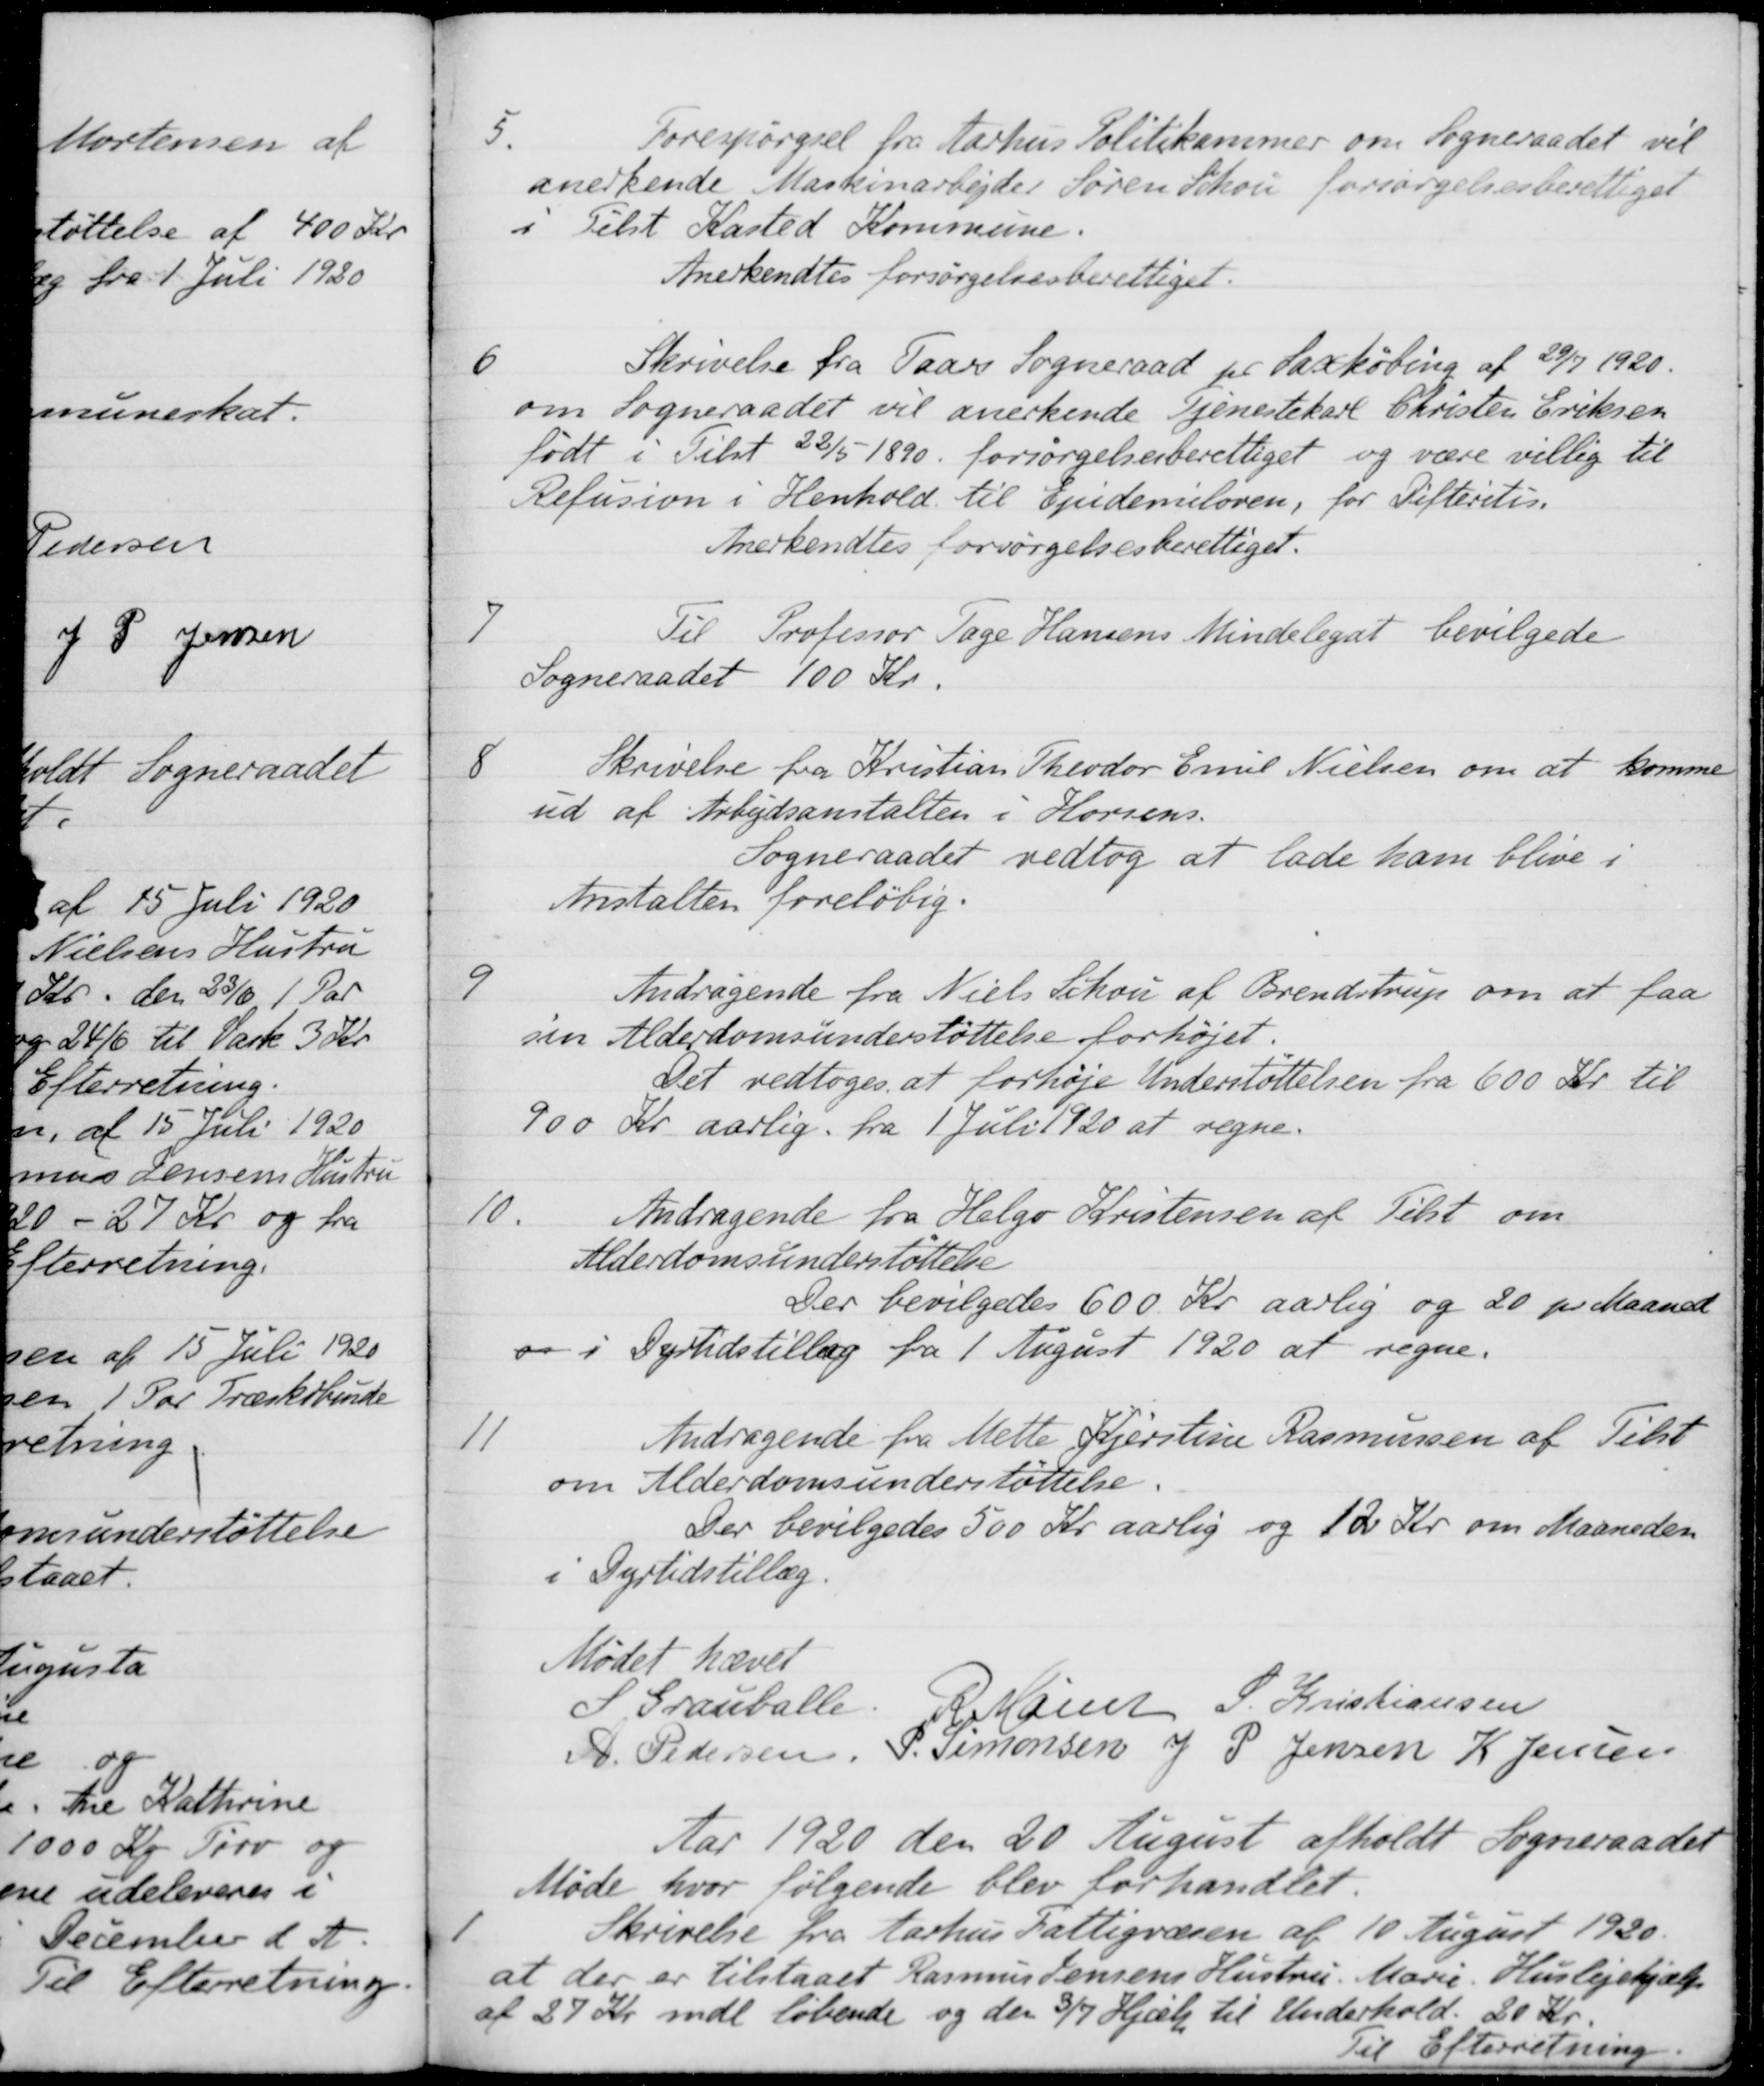
Transskription:
5.
Forespørgsel fra Aarhus Politikammer om Sogneraadet vil
anerkende Maskinarbejder Søren Schou forsørgelsesberettiget
i Tilst Kasted Kommune.
Anerkendtes forsørgelsesberettiget.
6
Skrivelse fra Taars Sogneraad pr. Saxkøbing af 29/7 1920.
om Sogneraadet vil anerkende Tjenestekarl Christen Eriksen
født i Tilst 22/5 1890 forsørgelsesberettiget og være villig til
Refusion i Henhold til Epidemiloven, for Difteritis.
Anerkendtes forsørgelsesberettiget.
7
Til Professor Tage Hansens Mindelegat bevilgede
Sogneraadet 100 Kr.
8
Skrivelse fra Kristian Theodor Emil Nielsen om at komme
ud af Arbejdsanstalten i Horsens.
Sogneraadet vedtog at lade ham blive i
Anstalten foreløbig.
9
Andragende fra Niels Schou af Brendstrup om at faa
sin Alderdomsunderstøttelse forhøjet.
Det vedtoges at forhøje Understøttelsen fra 600 Kr. til
900 Kr aarlig fra 1 Juli 1920 at regne.
10.
Andragende fra Helgo Kristensen af Tilst om
Alderdomsunderstøttelse
Der bevilgedes 600 Kr. aarlig og 20 pr Maaned
og i Dyrtidstillæg fra 1 August 1920 at regne.
11
Andragende fra Mette Kjerstine Rasmussen af Tilst
om Alderdomsunderstøttelse.
Der bevilgedes 500 Kr. aarlig og 12Kr. om Maaneden
i Dyrtidstillæg.
Mødet hævet
S Grauballe.
R Marier
S. Kristiansen
A. Pedersen
P. Simonsen
J P Jensen
K. Jensen
Aar 1920 den 20 August afholdt Sogneraadet
Møde hvor følgende blev forhandlet.
1
Skrivelse fra Aarhus Fattigvæsen af 10 August 1920.
at der er tilstaaet Rasmus Jensens Hustru Marie. Huslejehjælp
af 27 Kr. mdl løbende og den 3/7 Hjælp til Underhold. 20 Kr.
Til Efterretning